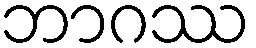
ဘာဂဿ